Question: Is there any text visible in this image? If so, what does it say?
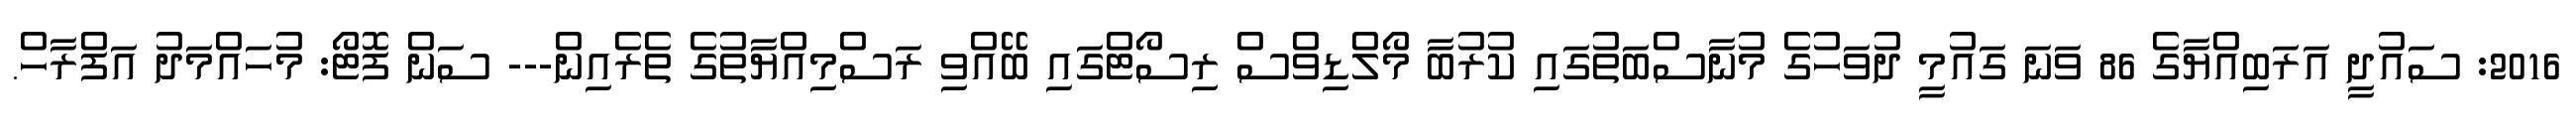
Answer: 2016: ސައުދީ އަރަބިއްޔާގެ 86 ވަނަ ގައުމީ ދުވަހުގެ މުނާސްބަތުގައި ކުރުބާ މޯލްޑިވްސް ރިސޯޓްގައި ބޭއްވި ރަސްމިއްޔާތުގެ ތެރެއިން--- ސަން ފޮޓޯ: މުހައްމަދު އަފްރާހް.